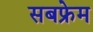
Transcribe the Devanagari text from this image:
सबफ्रेम